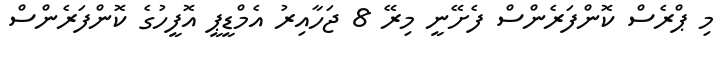
މި ޕްރެސް ކޮންފަރެންސް ފެށޭނީ މިރޭ 8 ޖަހާއިރު އެމްޑީޕީ އޮފީހުގެ ކޮންފަރެންސް